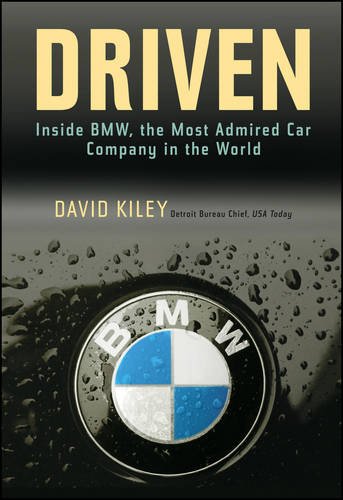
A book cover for Driven: Inside BMW, the Most Admired Car Company in the World; David Kiley; Business & Money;